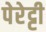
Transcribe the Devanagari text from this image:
पेरेट्टी